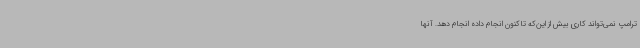
ترامپ نمی‌تواند کاری بیش از این‌که تاکنون انجام داده انجام دهد. آنها